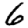
Digit: 6